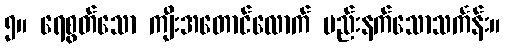
၅။ ရေစွတ်သော ကျီးအတောင်လောက် မည်းနက်သောသင်္ကန်း။